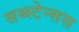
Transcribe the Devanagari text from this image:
सब्स्टेन्सस